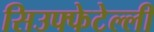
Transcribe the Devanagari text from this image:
सिउफ्फेटेल्ली